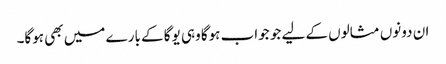
ان دونوں مثالوں کے لیے جو جواب ہوگا وہی یوگا کے بارے میں بھی ہوگا۔